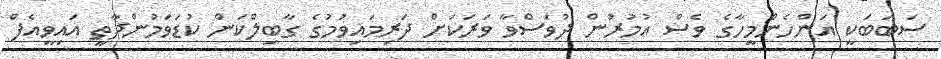
ސަބަބަކީ އަންހެންމީހާގެ ވެސް އުމުރުން ދުވަސްވާ ވަރަކަށް ދަރިމައިވުމުގެ ގާބިލްކަން ކުޑަވަމުންދާތީ އައިވީއެފް